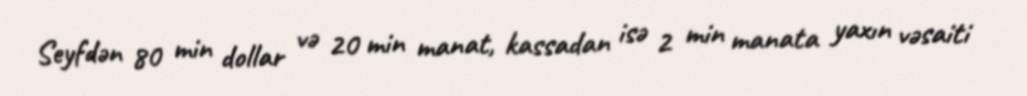
Seyfdən 80 min dollar və 20 min manat, kassadan isə 2 min manata yaxın vəsaiti